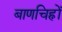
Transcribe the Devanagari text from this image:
बाणचिह्नों